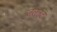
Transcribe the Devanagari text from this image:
जलतट